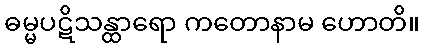
ဓမ္မပဋိသန္ထာရော ကတောနာမ ဟောတိ။